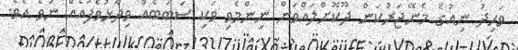
ވަހިދު ނިއުގެ މެނޭޖަރުކަން ދޫކޮށްލައްވަން ނިންމެވި ވަކި ސަބަބެއް ވިދާޅުވެފައެއް ނުވެ އެވެ.